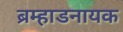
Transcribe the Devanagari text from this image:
ब्रम्हाडनायक